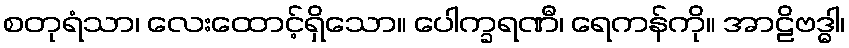
စတုရံသာ၊ လေးထောင့်ရှိသော။ ပေါက္ခရဏီ၊ ရေကန်ကို။ အာဠိဗဒ္ဓါ၊